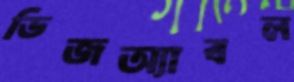
ডিজঅ্যাবল